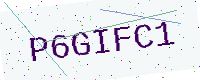
Text: P6GIFC1